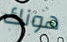
هونك